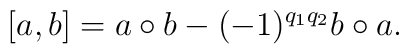
\lbrack a,b]=a\circ b-(-1)^{q_1q_2}b\circ a.